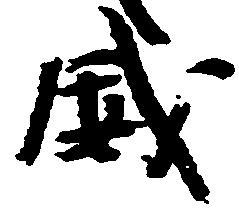
威